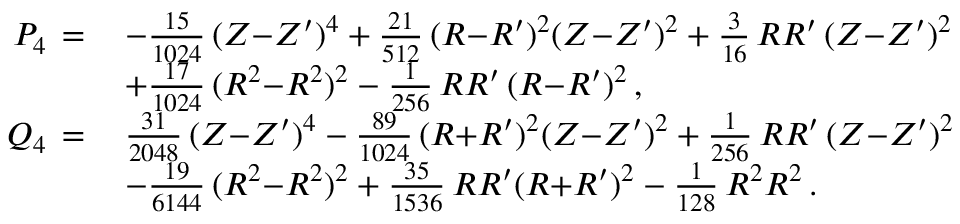
\begin{array} { r l } { P _ { 4 } \, = \, } & { - \frac { 1 5 } { 1 0 2 4 } \, ( Z { - } Z ^ { \prime } ) ^ { 4 } + \frac { 2 1 } { 5 1 2 } \, ( R { - } R ^ { \prime } ) ^ { 2 } ( Z { - } Z ^ { \prime } ) ^ { 2 } + \frac { 3 } { 1 6 } \, R R ^ { \prime } \, ( Z { - } Z ^ { \prime } ) ^ { 2 } } \\ & { + \frac { 1 7 } { 1 0 2 4 } \, ( R ^ { 2 } { - } R ^ { 2 } ) ^ { 2 } - \frac { 1 } { 2 5 6 } \, R R ^ { \prime } \, ( R { - } R ^ { \prime } ) ^ { 2 } \, , } \\ { Q _ { 4 } \, = \, } & { \frac { 3 1 } { 2 0 4 8 } \, ( Z { - } Z ^ { \prime } ) ^ { 4 } - \frac { 8 9 } { 1 0 2 4 } \, ( R { + } R ^ { \prime } ) ^ { 2 } ( Z { - } Z ^ { \prime } ) ^ { 2 } + \frac { 1 } { 2 5 6 } \, R R ^ { \prime } \, ( Z { - } Z ^ { \prime } ) ^ { 2 } } \\ & { - \frac { 1 9 } { 6 1 4 4 } \, ( R ^ { 2 } { - } R ^ { 2 } ) ^ { 2 } + \frac { 3 5 } { 1 5 3 6 } \, R R ^ { \prime } ( R { + } R ^ { \prime } ) ^ { 2 } - \frac { 1 } { 1 2 8 } \, R ^ { 2 } R ^ { 2 } \, . } \end{array}